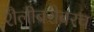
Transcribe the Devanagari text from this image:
शैलीबरोबरच